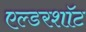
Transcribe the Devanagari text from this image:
एल्डरशॉट